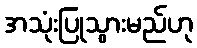
အသုံးပြုသွားမည်ဟု